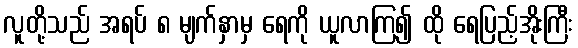
လူတို့သည် အရပ် ၈ မျက်နှာမှ ရေကို ယူလာကြ၍ ထို ရေပြည့်အိုးကြီး